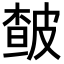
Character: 皶